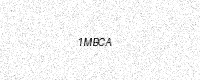
Text: 1MBCA